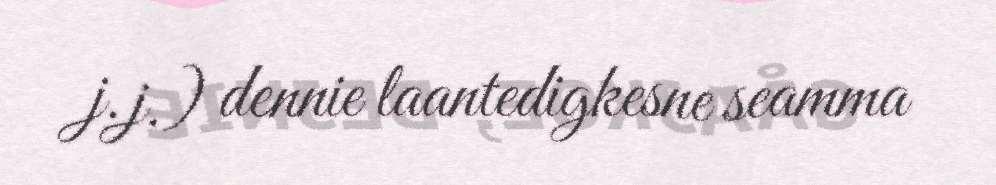
j.j.) dennie laantedigkesne seamma